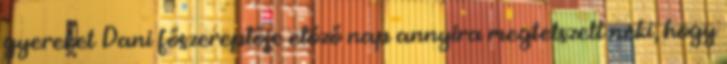
gyereket Dani főszereplője előző nap annyira megtetszett neki, hogy